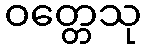
ဝတ္တေသု